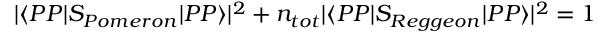
| \langle P P | S _ { P o m e r o n } | P P \rangle | ^ { 2 } + n _ { t o t } | \langle P P | S _ { R e g g e o n } | P P \rangle | ^ { 2 } = 1